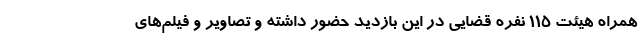
همراه هیئت ۱۱۵ نفره قضایی در این بازدید حضور داشته و تصاویر و فیلم‌های